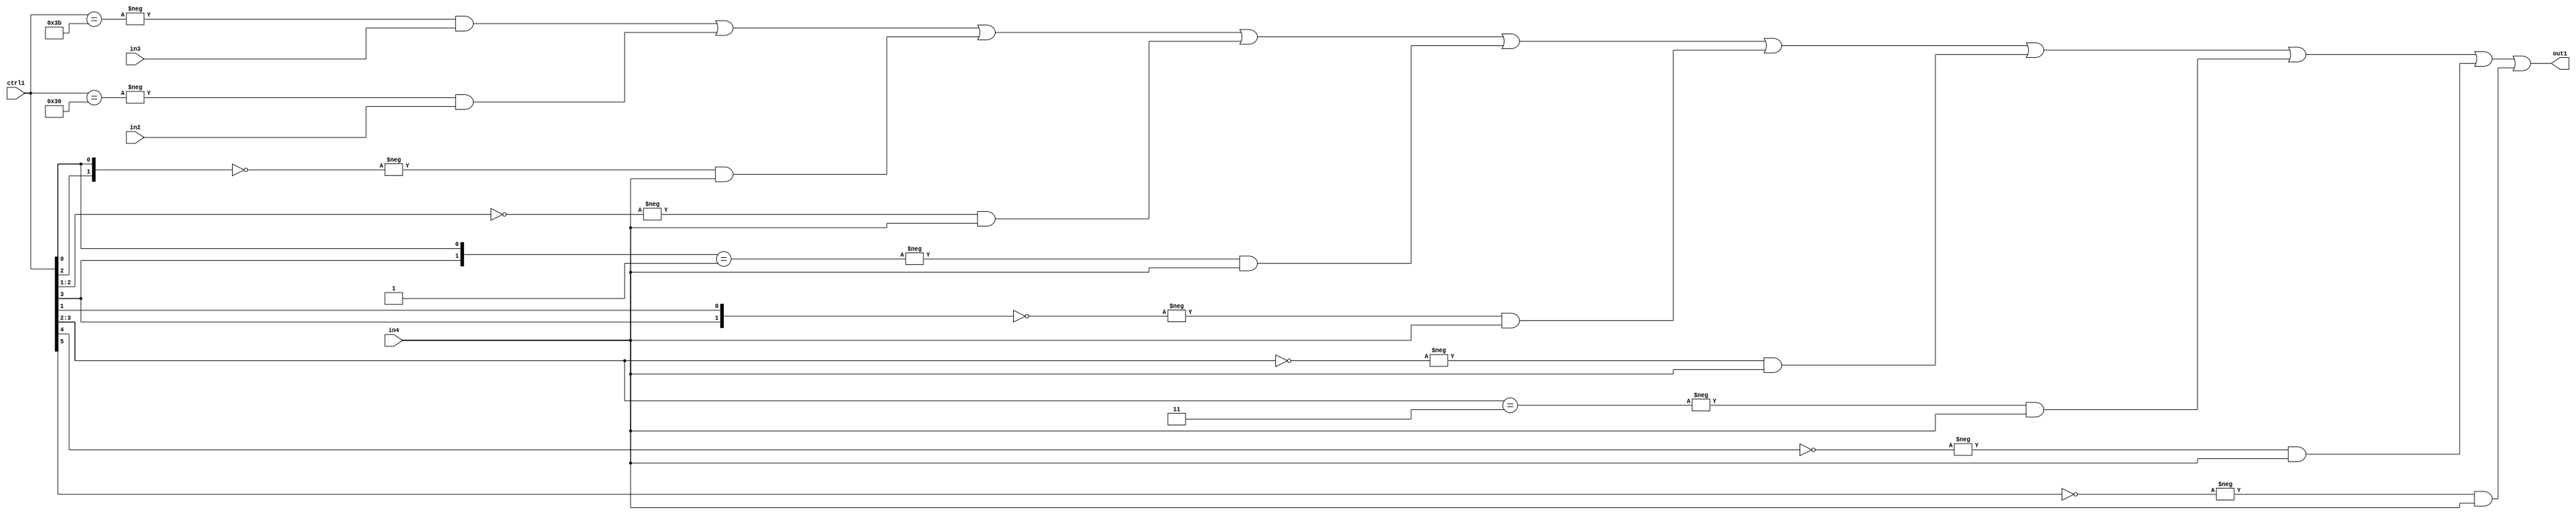
`timescale 1ps / 1ps
/*****************************************************************************
    Verilog RTL Description
    
    
    Created by: Stratus DpOpt 21.05.01 
*******************************************************************************/

module SobelFilter_N_Mux_32_3_97_4 (
	in4,
	in3,
	in2,
	ctrl1,
	out1
	); /* architecture "behavioural" */ 
input [31:0] in4;
input [8:0] in3,
	in2;
input [5:0] ctrl1;
output [31:0] out1;
wire [31:0] asc001;

assign asc001 = 
	-{ctrl1 == 6'B111011} & in3 |
	-{ctrl1 == 6'B110110} & in2 |
	-{{ctrl1[2], ctrl1[0]} == 2'B00} & in4 |
	-{ctrl1[2:1] == 2'B00} & in4 |
	-{{ctrl1[3], ctrl1[0]} == 2'B01} & in4 |
	-{{ctrl1[3], ctrl1[1]} == 2'B00} & in4 |
	-{ctrl1[3:2] == 2'B00} & in4 |
	-{ctrl1[3:2] == 2'B11} & in4 |
	-{ctrl1[4] == 1'B0} & in4 |
	-{ctrl1[5] == 1'B0} & in4 ;

assign out1 = asc001;
endmodule

/* CADENCE  vrj2Sgw= : u9/ySxbfrwZIxEzHVQQV8Q== ** DO NOT EDIT THIS LINE ******/